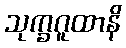
သုက္ခဂူထာနိ